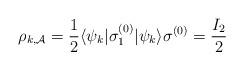
LaTeX: \begin{align*} \rho_{k,\mathcal{A}}=\frac{1}{2}\langle\psi_k|\sigma_{ 1 }^{(0)}|\psi_k\rangle\sigma^{(0)}=\frac{I_2}{2}\end{align*}